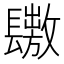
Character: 𨲶